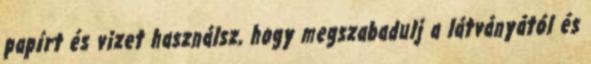
papírt és vizet használsz, hogy megszabadulj a látványától és